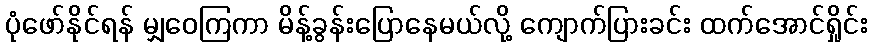
ပုံဖော်နိုင်ရန် မျှဝေကြကာ မိန့်ခွန်းပြောနေမယ်လို့ ကျောက်ပြားခင်း ထက်အောင်ရှိုင်း